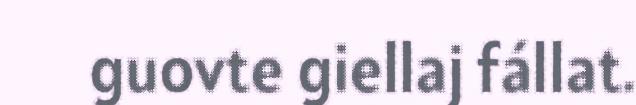
guovte giellaj fállat.